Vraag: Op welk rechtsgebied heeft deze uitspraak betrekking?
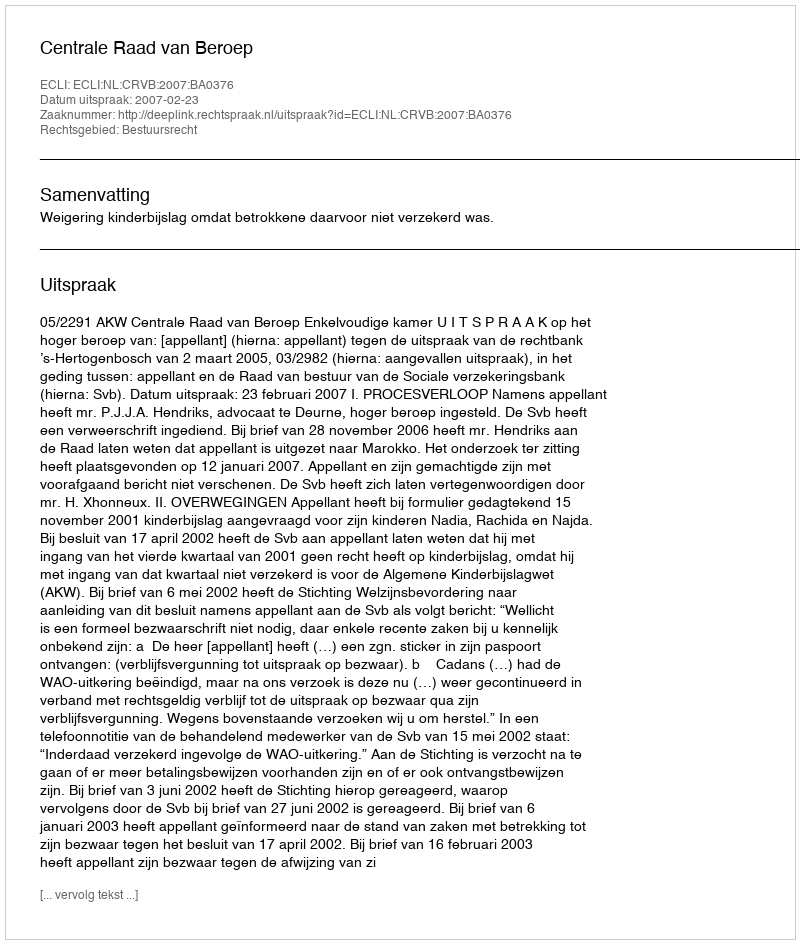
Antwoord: Bestuursrecht